[Report on the health of British troops in the Madras command]
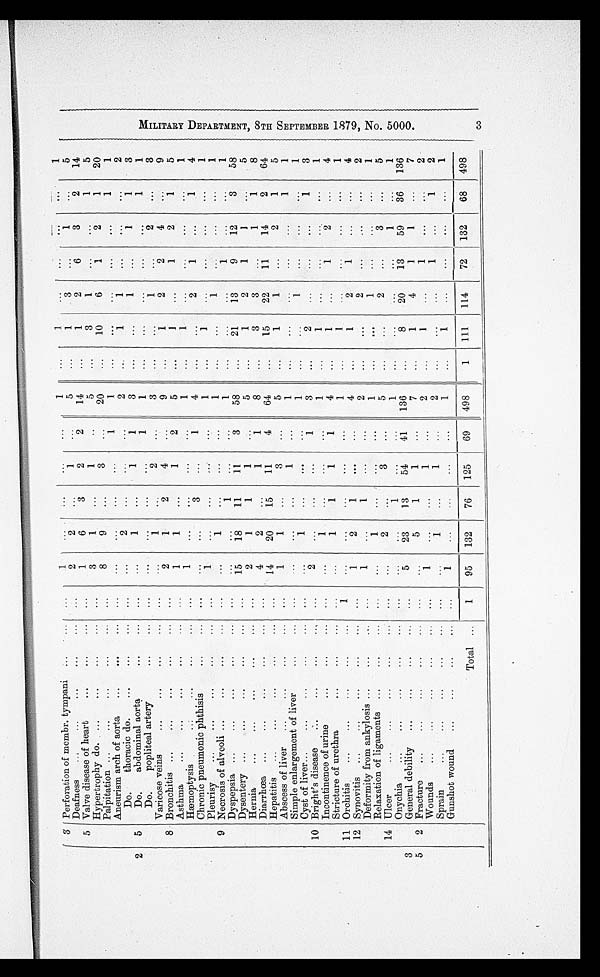
2
3
Perforation of membr. tympani
...
1
...
. . .
...
...
1
...
1
...
. . .
. . .
1
Deafness
...
2
2
. . .
1
...
5
...
1
3
...
1
...
5
5 Valve disease of heart
. . .
1
6
3
2
2
14
...
1
2
6
3
2
14
Hypertrophy do.
...
3
1
. . .
1
...
5
...
3
1
...
...
1
5
Palpitation
...
8
9
...
3
...
20
...
10
6
1
2
1
20
Aneurism arch of aorta
...
...
...
...
...
1
1
...
. . .
...
. . .
1
1
Do.
thoracic do.
...
...
2
...
. . .
...
2
. . . 1
1
. . .
...
...
2
5
Do.
abdominal aorta
...
...
1
...
1
1
3
...
...
1
...
1
1
3
Do.
popliteal artery
...
...
. . .
. . .
. . .
1
1
. . .
...
...
. . .
...
1
1
Varicose veins
...
...
1
...
2
. . .
3
...
...
1
...
2
...
3
8 Bronchitis
...
2
1
2
4
...
9
...
1
2
2
4
...
9
Asthma
...
1
1
...
1
2
5
. . . 1
...
1
2
1
5
Hæmoptysis
...
1
...
...
...
...
1
...
1
...
. . .
...
...
1
Chronic pneumonic phthisis
. . .
...
. . .
3
. . .
1
4
...
...
2
1
...
1
4
Pleurisy
. . .
1
. . .
...
. . .
. . .
1
...
1
...
...
...
...
1
9 Necrosis of alveoli
...
...
1
...
...
...
1
...
...
1
...
...
...
1
Dyspepsia
...
...
...
1
...
...
1
...
...
...
1
...
...
1
Dysentery
. . .
15
18
11
11
3
58
...
21
13
9
12
3
58
Hernia
...
2
1
1
1
...
5
...
1
2
1
1
...
5
Diarrhœa
...
4
2
...
1
1
8
...
3
3
...
1
1
8
Hepatitis
...
14
20
15
11
4
64
...
15
22
11
14
2
64
Abscess of liver
...
1
1
. . . 3
...
5
...
1
1
...
2
1
5
Simple enlargement of liver
. . .
. . .
...
...
1
...
1
...
...
...
...
...
1
1
Cyst of liver
...
...
1
. . .
. . .
...
1
...
...
1
...
...
...
1
10 Bright's disease
...
2
. . .
...
. . .
1
3
. . . 2
. . .
...
...
1
3
Incontinence of urine
...
...
1
...
...
...
1
. . . 1
...
...
...
...
1
Stricture of urethra
...
...
1
1
1
1
4
...
1
...
1
2
. . . 4
11 Orchitis
1
...
. . .
. . .
...
...
1
...
1
...
...
...
...
1
12 Synovitis
...
1
2
1
. . .
. . .
4
. . .
1
2
1
...
...
4
Deformity from ankylosis
...
1
...
1
...
...
2
...
...
2
...
...
...
2
Relaxation of ligaments
. . .
...
1
. . .
. . .
. . .
1
...
. . .
1
. . .
. . .
...
1
14 Ulcer
...
...
2
...
3
...
5
...
...
2
...
3
...
5
Onychia
...
...
...
1
. . .
...
1
...
...
...
...
1
...
1
3
General debility
. . .
5
23
13
54
41
136
...
8
20
13
59
36
136
5
2 Fracture
...
...
5
1
1
...
7
...
1
4
1
1
...
7
Wounds
...
1
...
...
1
...
2
...
1
...
1
...
...
2
Sprain
...
...
1
...
1
...
2
...
...
...
1
...
1
2
Gunshot wound
...
1
...
...
...
...
1
...
1
...
...
...
...
1
Total
1
95
132
76
125
69
498
1
111
114
72
132
68
498